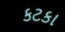
કટકા